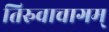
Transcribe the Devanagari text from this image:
तिरुवाचागम्‌